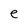
Character: e